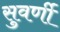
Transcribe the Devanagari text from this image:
सुवर्णी